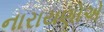
નારાયણોએ